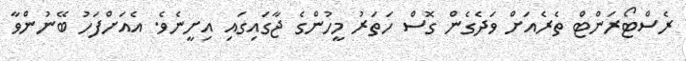
ރެސްޓޯރަންޓް ތެރެއަށް ވަދެގެން ގޮސް ހަތަރު މީހުންގެ ޖާގައިގައި އިށީނެވެ. އެއަށްފަހު ބޭނުންވާ